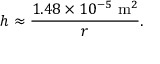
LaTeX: h \approx { \frac { 1 . 4 8 \times 1 0 ^ { - 5 } \ { \mathrm { m } } ^ { 2 } } { r } } .